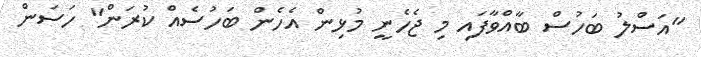
"އަސްލު ބަހުސް ބާއްވާފައި މި ޖެހެނީ މުޅިން އެހެން ބަހުސެއް ކުރަން" ހަސަން